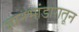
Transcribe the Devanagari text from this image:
ज्ञानभांडारातून